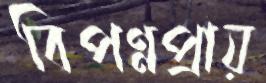
বিপণ্নপ্রায়